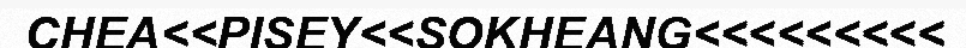
CHEA<<PISEY<<SOKHEANG<<<<<<<<<